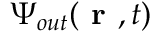
{ \Psi } _ { o u t } ( \textbf { r } , t )